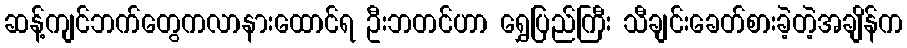
ဆန့်ကျင်ဘက်တွေကလာနားထောင်ရ ဦးဘတင်ဟာ ရွှေပြည်ကြီး သီချင်းခေတ်စားခဲ့တဲ့အချိန်က